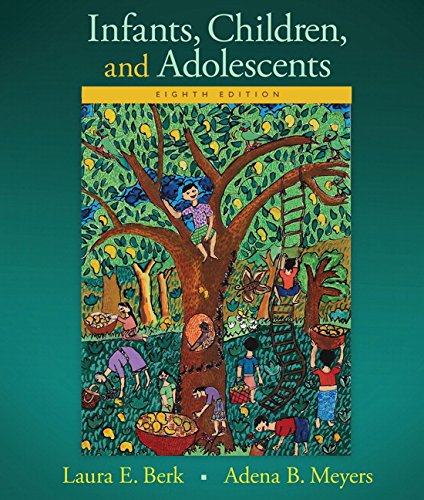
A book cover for Infants, Children, and Adolescents (8th Edition); Laura E. Berk; Medical Books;